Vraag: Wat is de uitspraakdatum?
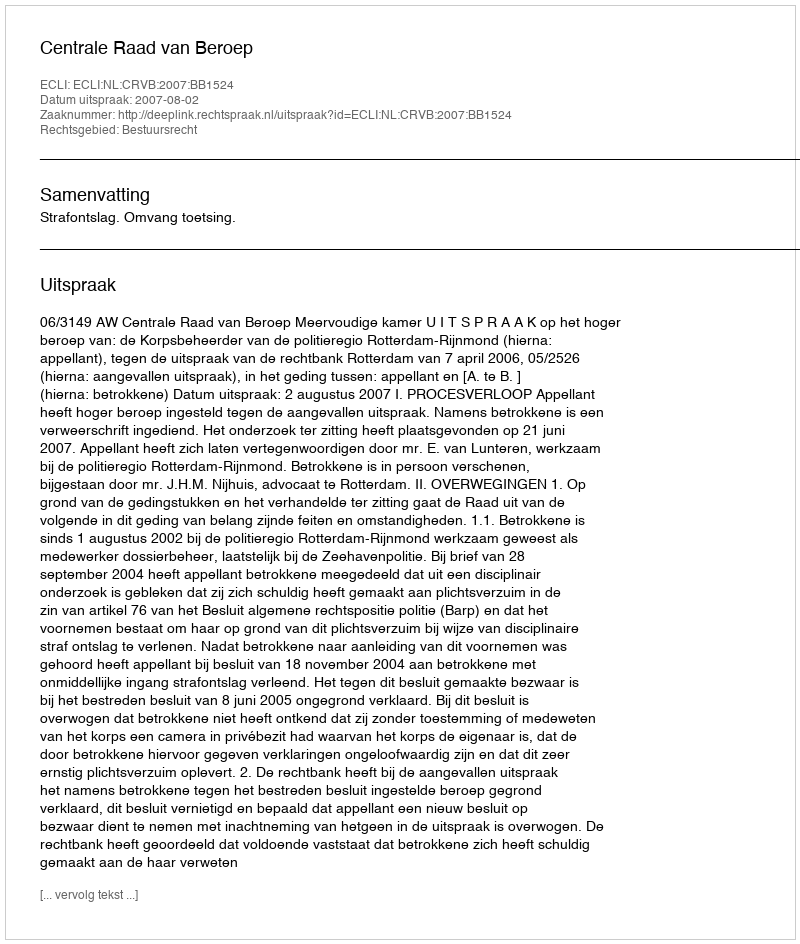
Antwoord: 2007-08-02